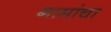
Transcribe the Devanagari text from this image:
गामांचा